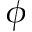
\phi